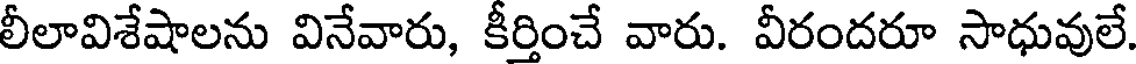
లీలావిశేషాలను వినేవారు, కీర్తించే వారు. వీరందరూ సాధువులే